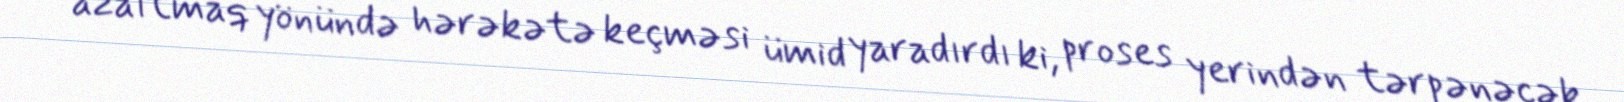
azaltmaq yönündə hərəkətə keçməsi ümid yaradırdı ki, proses yerindən tərpənəcək.